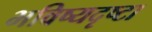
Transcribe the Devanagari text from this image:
भविष्यदृष्टा